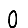
Digit: 0